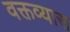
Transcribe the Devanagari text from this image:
वक्तव्यास